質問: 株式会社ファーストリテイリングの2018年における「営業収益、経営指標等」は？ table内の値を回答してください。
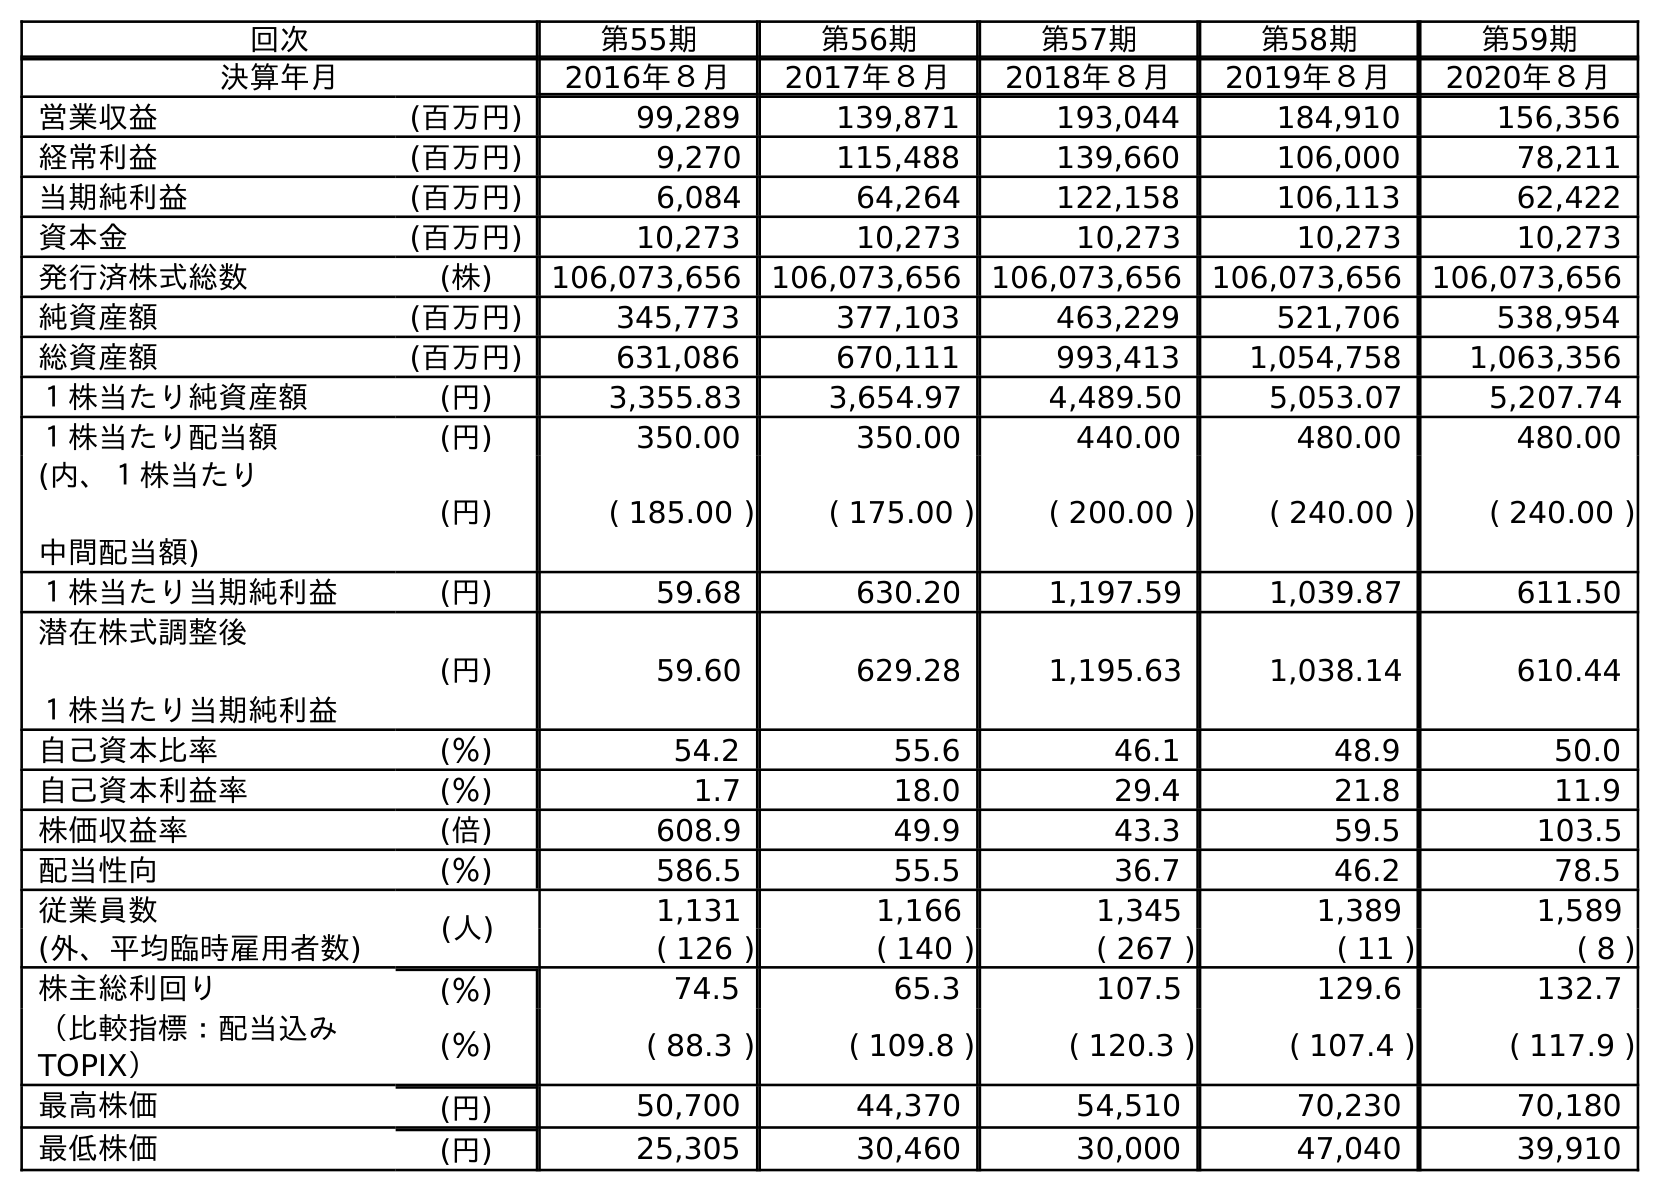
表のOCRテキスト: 回次 第55期 第56期 第57期 第58期 第59期 決算年月 2016年８月 2017年８月 2018年８月 2019年８月 2020年８月 営業収益 (百万円) 99,289 139,871 193,044 184,910 156,356 経常利益 (百万円) 9,270 115,488 139,660 106,000 78,211 当期純利益 (百万円) 6,084 64,264 122,158 106,113 62,422 資本金 (百万円) 10,273 10,273 10,273 10,273 10,273 発行済株式総数 (株) 106,073,656 106,073,656 106,073,656 106,073,656 106,073,656 純資産額 (百万円) 345,773 377,103 463,229 521,706 538,954 総資産額 (百万円) 631,086 670,111 993,413 1,054,758 1,063,356 １株当たり純資産額 (円) 3,355.83 3,654.97 4,489.50 5,053.07 5,207.74 １株当たり配当額 (円) 350.00 350.00 440.00 480.00 480.00 (内、１株当たり 中間配当額) (円) ( 185.00 ) ( 175.00 ) ( 200.00 ) ( 240.00 ) ( 240.00 ) １株当たり当期純利益 (円) 59.68 630.20 1,197.59 1,039.87 611.50 潜在株式調整後 １株当たり当期純利益 (円) 59.60 629.28 1,195.63 1,038.14 610.44 自己資本比率 (％) 54.2 55.6 46.1 48.9 50.0 自己資本利益率 (％) 1.7 18.0 29.4 21.8 11.9 株価収益率 (倍) 608.9 49.9 43.3 59.5 103.5 配当性向 (％) 586.5 55.5 36.7 46.2 78.5 従業員数 (人) 1,131 1,166 1,345 1,389 1,589 (外、平均臨時雇用者数) ( 126 ) ( 140 ) ( 267 ) ( 11 ) ( 8 ) 株主総利回り (％) 74.5 65.3 107.5 129.6 132.7 （比較指標：配当込み TOPIX） (％) ( 88.3 ) ( 109.8 ) ( 120.3 ) ( 107.4 ) ( 117.9 ) 最高株価 (円) 50,700 44,370 54,510 70,230 70,180 最低株価 (円) 25,305 30,460 30,000 47,040 39,910
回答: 193,044